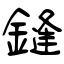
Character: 鏠